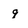
Character: 9